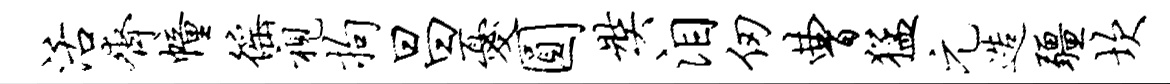
活齐幢徭视拘昌忧圆奘泪仞曹猛元造疆坎